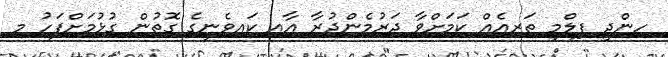
ހިންދީ ފިލްމީ ތަރިއެއް ކަމަށްވާ ދަރުމެންދުރާ އާއި ކައިވެނީގެ ގޮތުން ގުޅުމަށްފަހު މި